65_HS1-834228961_62-HQ-83894_Section_6
Agency: FBI
Page 168
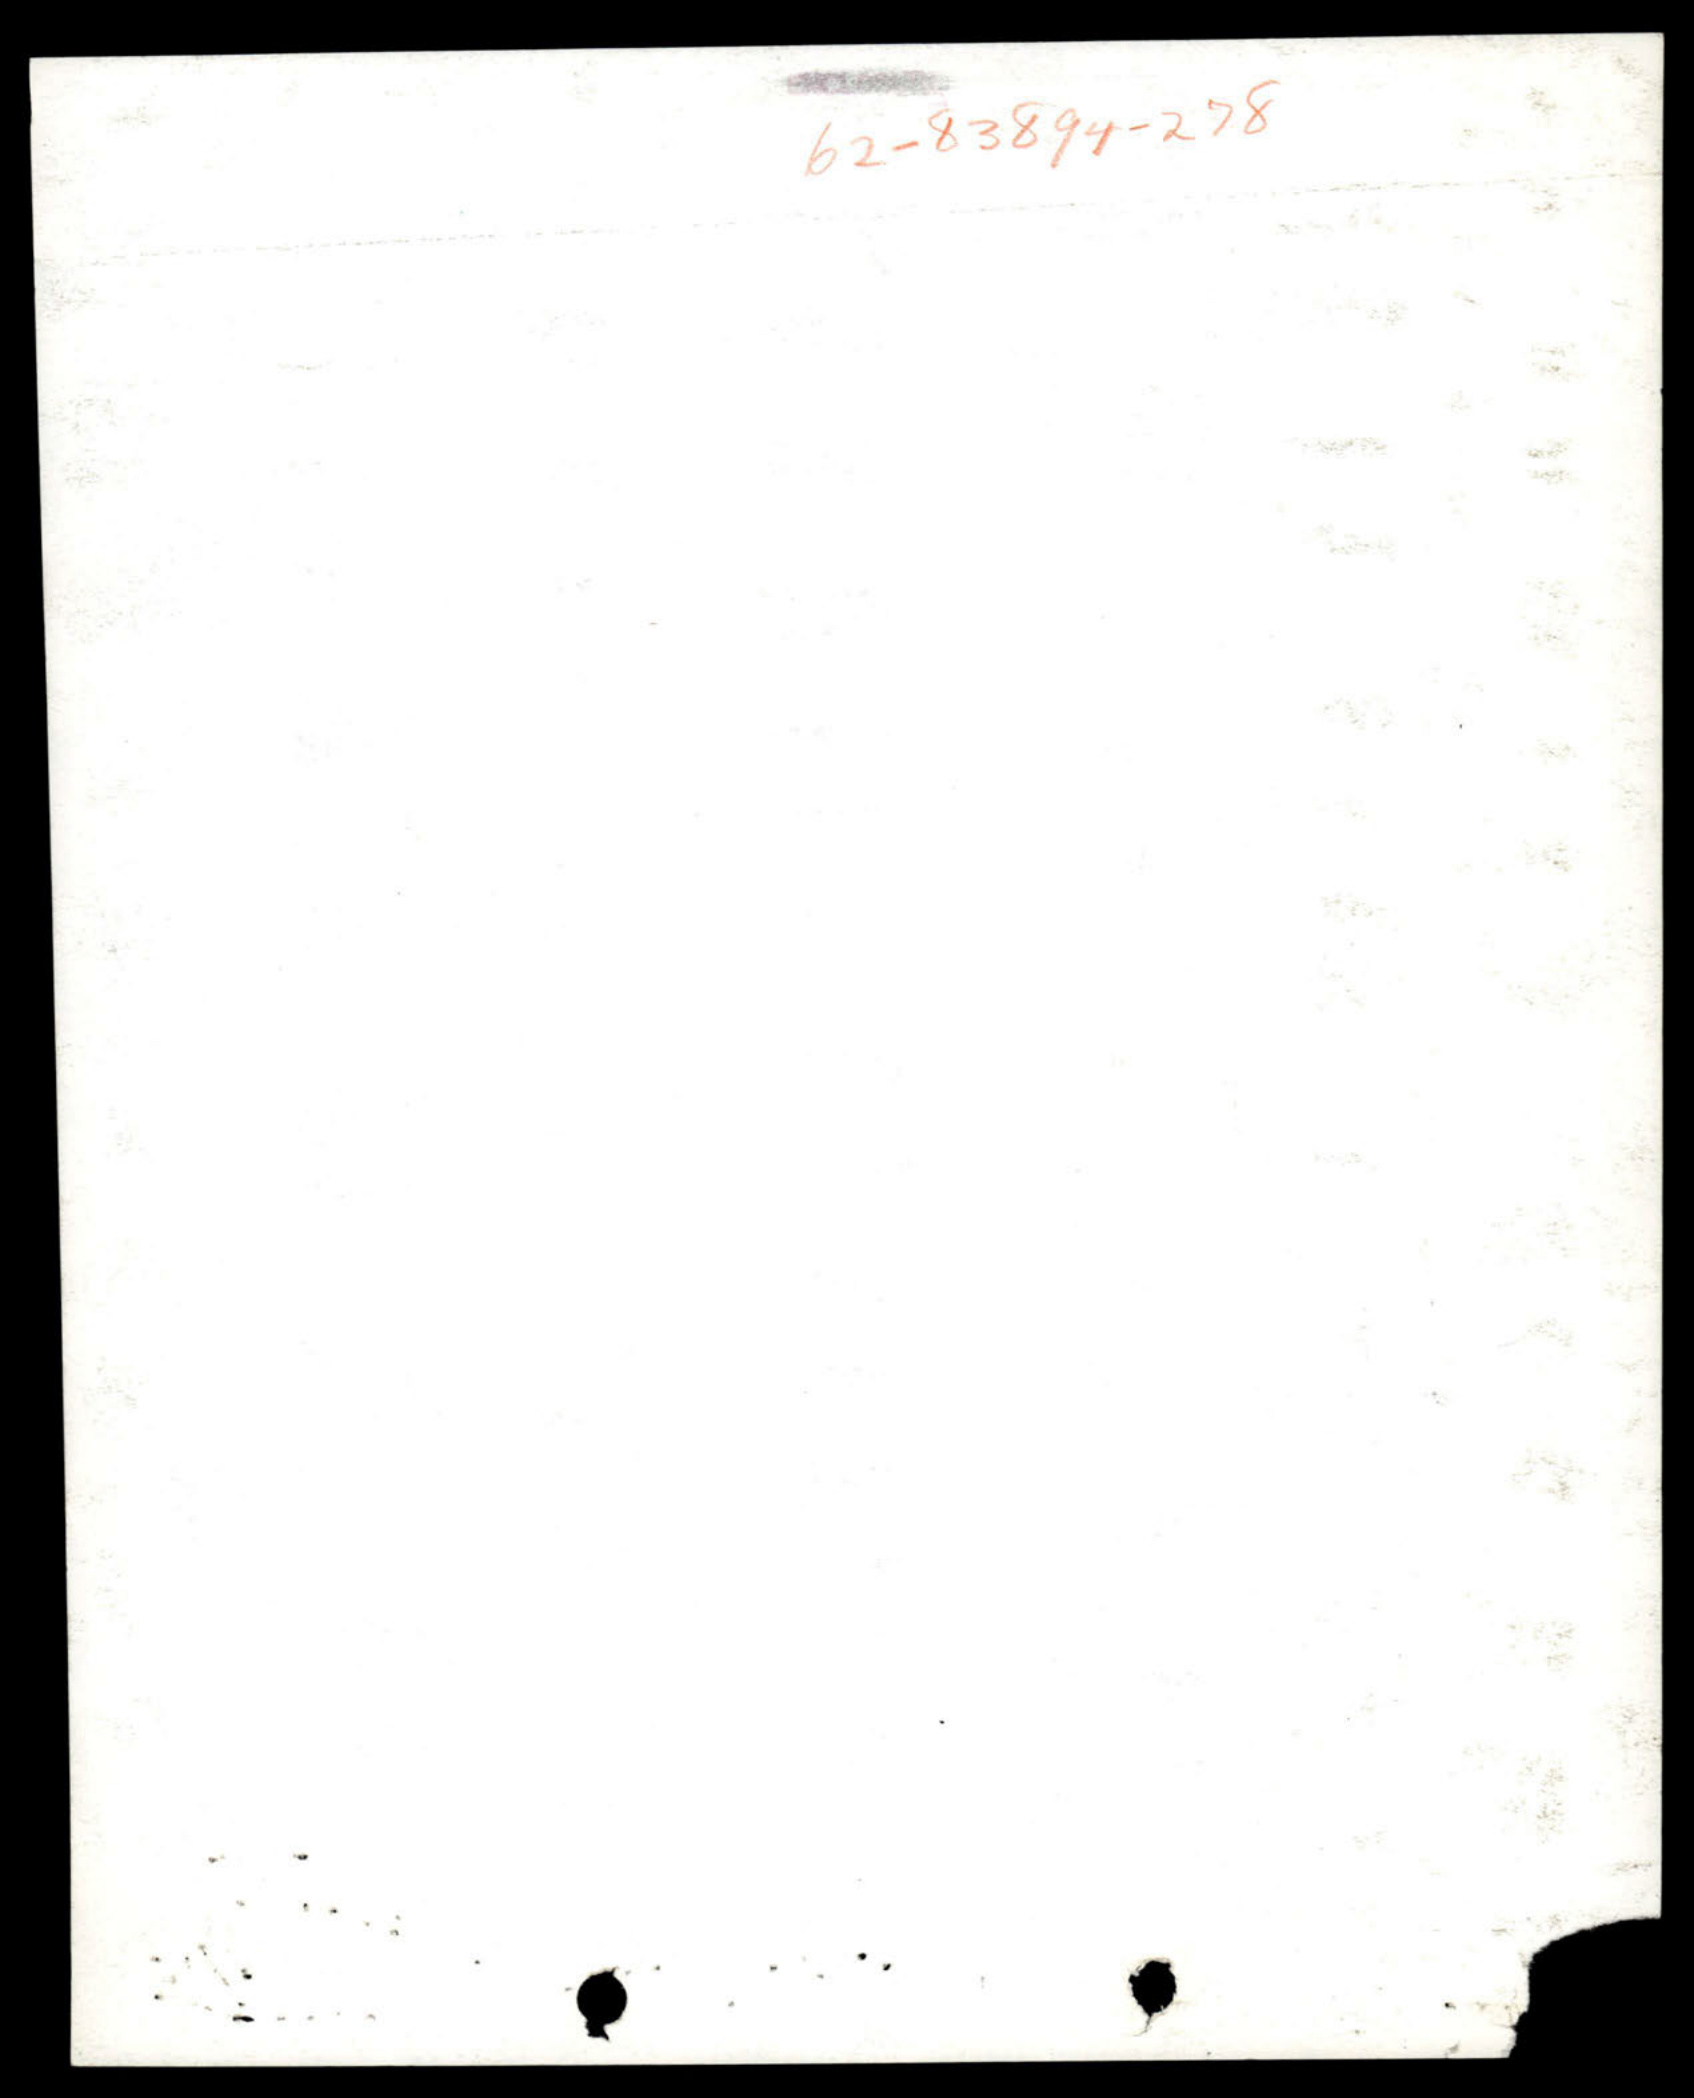